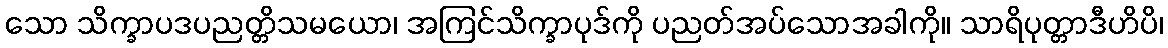
သော သိက္ခာပဒပညတ္တိသမယော၊ အကြင်သိက္ခာပုဒ်ကို ပညတ်အပ်သောအခါကို။ သာရိပုတ္တာဒီဟိပိ၊